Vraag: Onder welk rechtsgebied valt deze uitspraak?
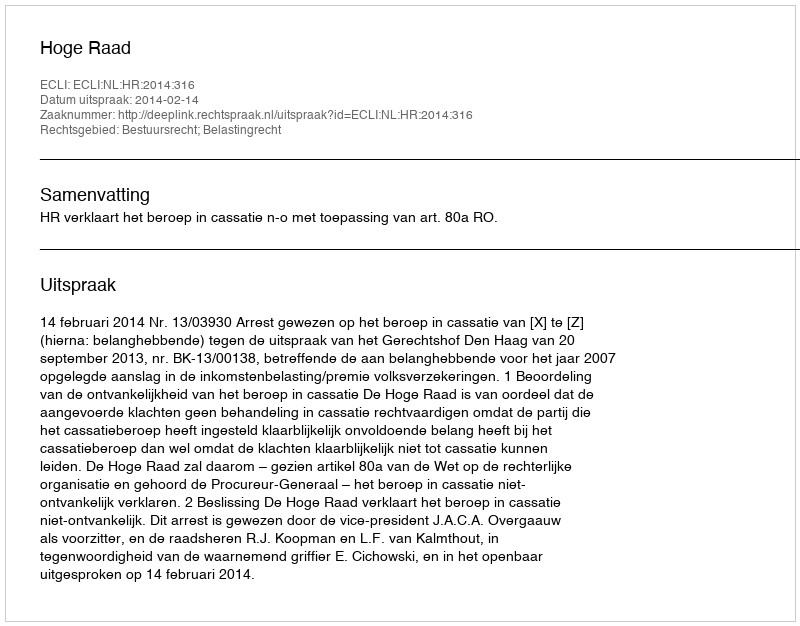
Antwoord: Bestuursrecht; Belastingrecht